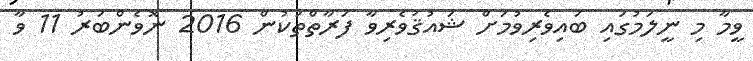
ވީމާ މި ނީލަމުގައި ބައިވެރިވުމަށް ޝައުޤުވެރިވާ ފަރާތްތަކުން 2016 ނޮވެންބަރު 11 ވާ